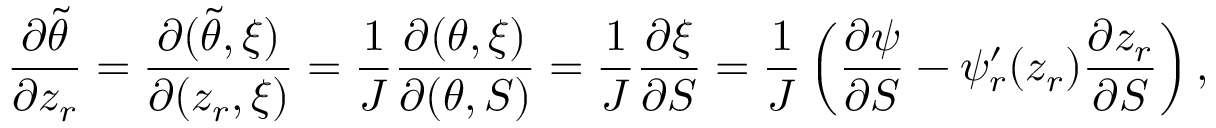
\frac { \partial \tilde { \theta } } { \partial z _ { r } } = \frac { \partial ( \tilde { \theta } , \xi ) } { \partial ( z _ { r } , \xi ) } = \frac { 1 } { J } \frac { \partial ( \theta , \xi ) } { \partial ( \theta , S ) } = \frac { 1 } { J } \frac { \partial \xi } { \partial S } = \frac { 1 } { J } \left( \frac { \partial \psi } { \partial S } - \psi _ { r } ^ { \prime } ( z _ { r } ) \frac { \partial z _ { r } } { \partial S } \right) ,